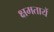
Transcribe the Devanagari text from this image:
क्षमतायें